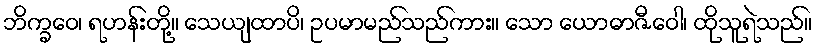
ဘိက္ခဝေ၊ ရဟန်းတို့။ သေယျထာပိ၊ ဥပမာမည်သည်ကား။ သော ယောဓာဇီဝေါ၊ ထိုသူရဲသည်။